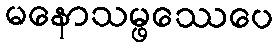
မနောသမ္ဖဿေပေ